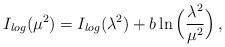
LaTeX: \begin{align*}I_{log}(\mu^2) = I_{log}(\lambda^2) + b \ln \Big( \frac{\lambda^2}{\mu^2} \Big)\, , \end{align*}